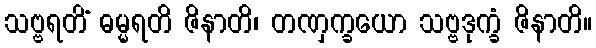
သဗ္ဗရတိံ ဓမ္မရတိ ဇိနာတိ၊ တဏှက္ခယော သဗ္ဗဒုက္ခံ ဇိနာတိ။